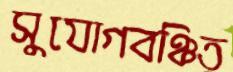
সুযোগবঞ্চিত